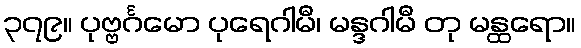
၃၇၉။ ပုဗ္ဗင်္ဂမော ပုရေဂါမီ၊ မန္ဒဂါမီ တု မန္ထရော။